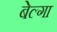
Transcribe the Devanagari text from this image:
बेल्गा